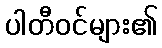
ပါတီဝင်များ၏